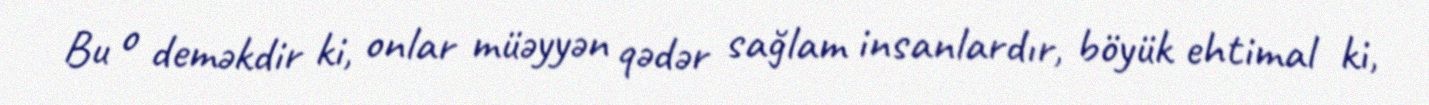
Bu o deməkdir ki, onlar müəyyən qədər sağlam insanlardır, böyük ehtimal ki,